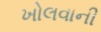
ખોલવાની